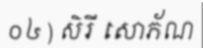
០៤ ) សិរី សោភ័ណ